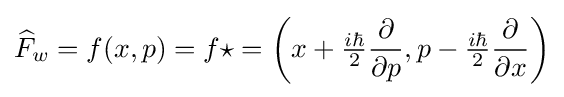
{\widehat {F}}_{w}=f(x,p)=f\star =\left(x+{\tfrac {i\hbar }{2}}{\frac {\partial }{\partial p}},p-{\tfrac {i\hbar }{2}}{\frac {\partial }{\partial x}}\right)